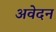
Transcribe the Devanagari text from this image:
अवेदन